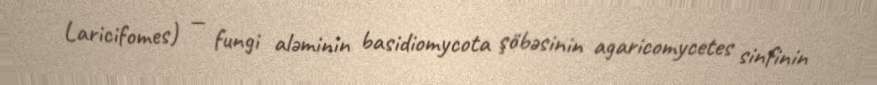
Laricifomes) — fungi aləminin basidiomycota şöbəsinin agaricomycetes sinfinin